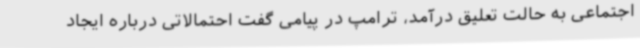
اجتماعی به حالت تعلیق درآمد، ترامپ در پیامی گفت احتمالاتی درباره ایجاد